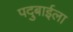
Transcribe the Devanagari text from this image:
पदुबाईला